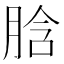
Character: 𦛜